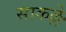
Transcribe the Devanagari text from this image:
साकल्ले